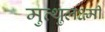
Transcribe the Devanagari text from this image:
मुत्थुलक्ष्मी